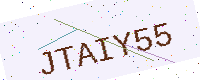
Text: JTAIY55